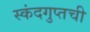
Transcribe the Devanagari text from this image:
स्कंदगुप्तची